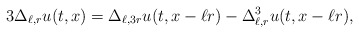
\begin{align*}3\Delta_{\ell,r}u(t,x)=\Delta_{\ell,3r}u(t,x-\ell r)-\Delta^3_{\ell,r}u(t,x-\ell r),\end{align*}